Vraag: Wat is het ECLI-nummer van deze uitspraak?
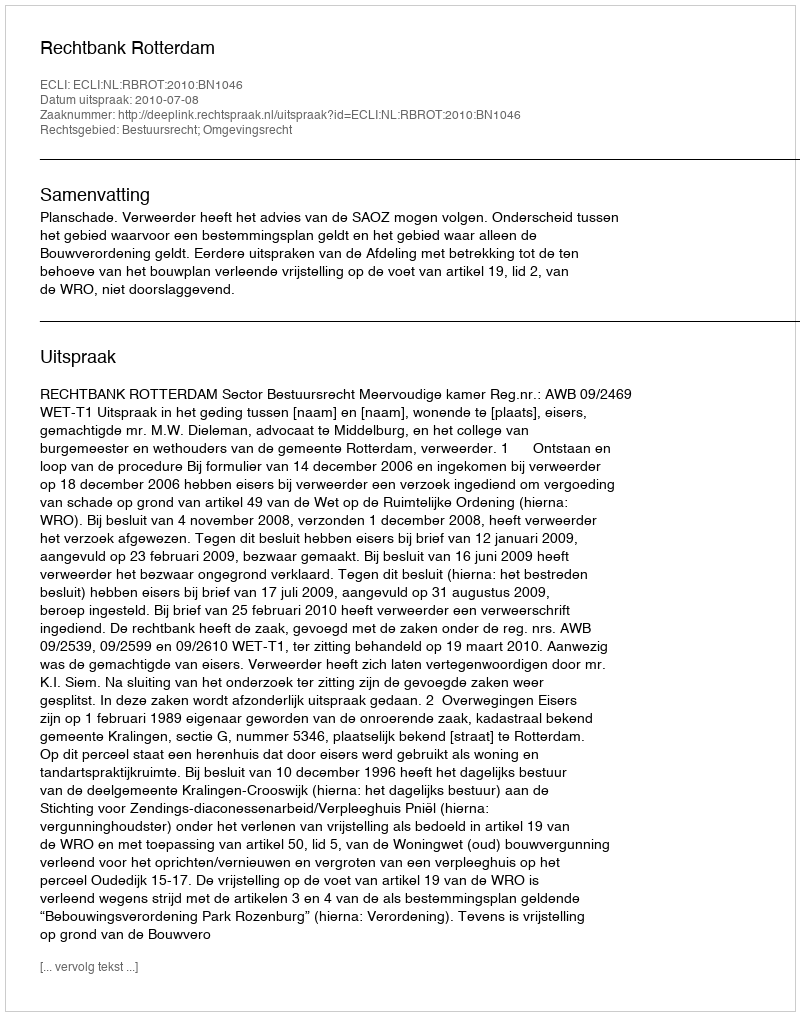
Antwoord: ECLI:NL:RBROT:2010:BN1046